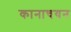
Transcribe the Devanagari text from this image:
कानाचयन